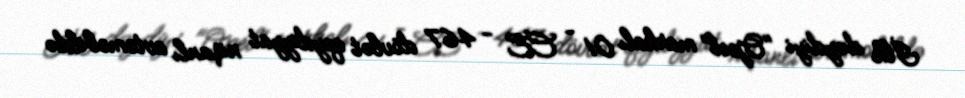
İlk dəydiyi "Opel" markalı 01 - CE - 467 dövlət qeydiyyat nişanlı avtomobildə